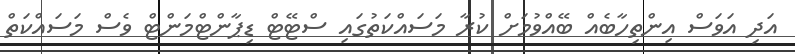
އަދި އަވަސް އިންތިހާބެއް ބޭއްވުމަށް ކުރާ މަސައްކަތުގައި ސްޓޭޓް ޑިޕާންޓްމަންޓް ވެސް މަސައްކަތް